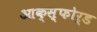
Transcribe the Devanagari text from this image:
आक्स्फोर्ड